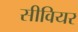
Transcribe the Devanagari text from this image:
सीवियर